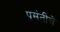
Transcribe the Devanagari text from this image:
प्रसंतीचे